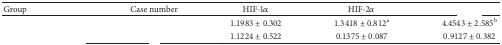
<table><thead><tr><td><b>Group</b></td><td><b>Case number</b></td><td><b>HIF-1<i>α</i></b></td><td><b>HIF-2<i>α</i></b></td><td>[EMPTY_CELL]</td></tr></thead><tbody><tr><td>[EMPTY_CELL]</td><td>[EMPTY_CELL]</td><td> 1.1983 ± 0.302</td><td> 1.3418 ± 0.812<sup>a</sup></td><td> 4.4543 ± 2.585<sup>b</sup></td></tr><tr><td>[EMPTY_CELL]</td><td>[EMPTY_CELL]</td><td> 1.1224 ± 0.522</td><td> 0.1375 ± 0.087</td><td> 0.9127 ± 0.382</td></tr></tbody></table>